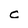
Character: c